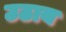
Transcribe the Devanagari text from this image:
उठाय